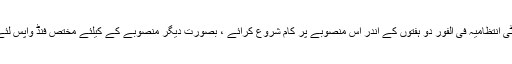
لہذا یونیورسٹی انتظامیہ فی الفور دو ہفتوں کے اندر اس منصوبے پر کام شروع کرائے ، بصورت دیگر منصوبے کے کیلئے مختص فنڈ واپس لئے جائیں گے۔